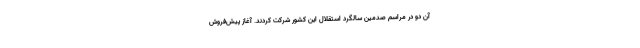
آن دو در مراسم صدمین سالگرد استقلال این کشور شرکت کردند. آغاز پیش‌فروش